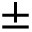
\pm